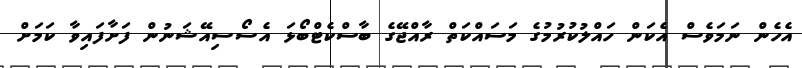
އެހެން ނަމަވެސް އެކަން ހައްލުކުރުމުގެ މަސައްކަތް ރާއްޖޭގެ ބާސްކެޓްބޯޅަ އެސޯސިއޭޝަނުން ފަށާފައިވާ ކަމަށް